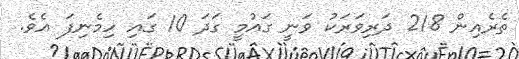
ތެރެއިން 218 ދަރިވަރަކު ވަނީ ގައުމީ ގަދަ 10 ގައި ހިމެނިފަ އެވެ.